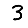
Digit: 3